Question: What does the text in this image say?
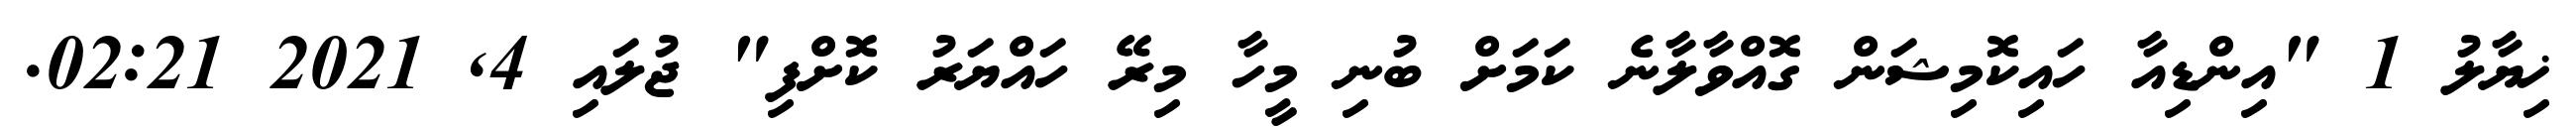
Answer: ޚިޔާލު 1 "އިންޑިއާ ހައިކޮމިޝަން ގޮއްވާލާނެ ކަމަށް ބުނި މީހާ މިރޭ ހައްޔަރު ކޮށްފި" ޖުލައި 4, 2021 02:21.